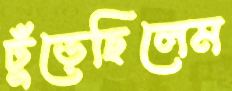
ঢুঁড়েছিলেম